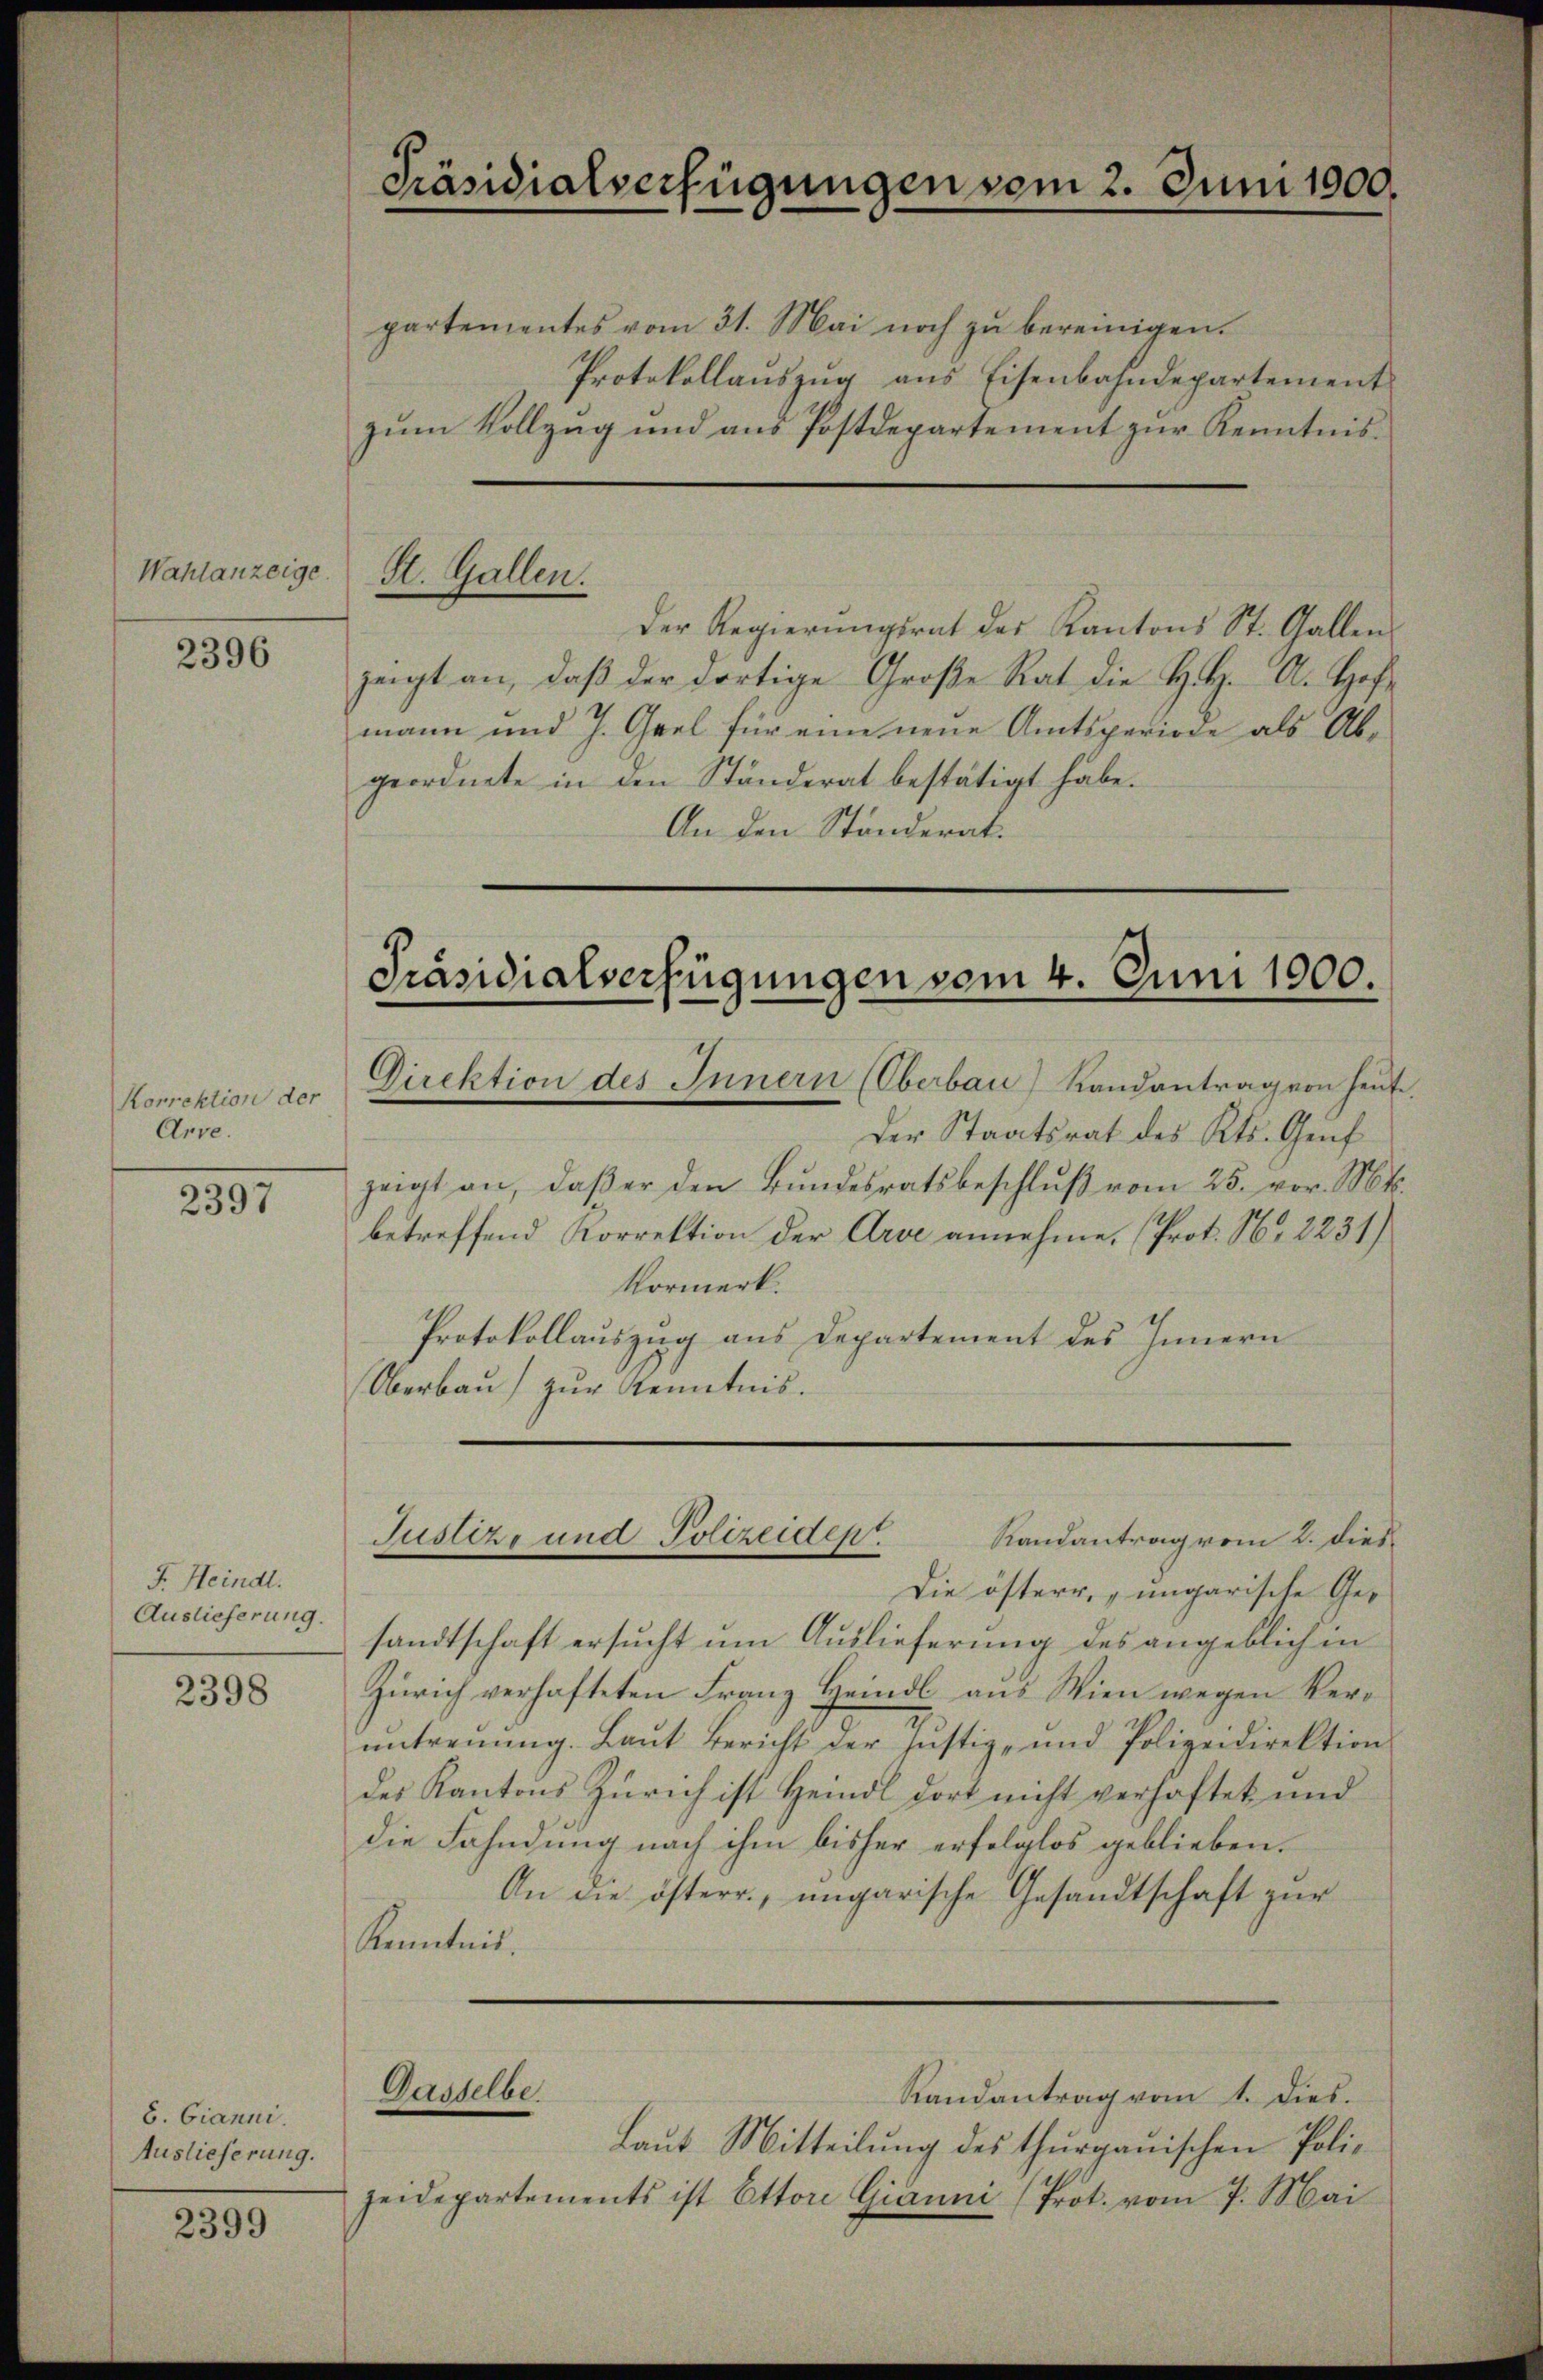
Wahlanzeige.

2396

Korrektion der
Arve.

2397

F. Heindl.
Auslieferung.

2398

b. Gianni.
Auslieferung.

2399

Präsidialverfügungen vom 2. Juni 1900.
partementes vom 31. Mai noch zu bereinigen.

Protokollaŭszŭg ans Eisenbahndepartement
zum Vollzug und aus Postdepartement zur Kenntnis¬
Der Regierŭngsrat des Kantons St. Gallen
zeigt an, daβ der dortige Große Rat die H. A. Hof-
mann und J. Grel für eine neue Amtsperiode als Abgeordnete in den Ständerat bestätigt habe.
An den Ständerat.

St. Gallen.

Präsidialverfügungen vom 4. Juni 1900.
Direktion des Innern (Oberbau) Randantrag von heute.

Justiz und Polizeiden Randantrag vom 2. dies

Der Staatsrat des Kts. Genf
zeigt an, daβ er den Bŭndesratsbeschlŭβ vom 25. vor. Mt.
betreffend Korrektion der Arve annehme, (Prot. No 2231)
Vormerk.
Protokollauszug aus Departement des Innern
Oberbau zur Kenntnis.
Die österr, „ungarische Gesandtschaft ersucht um Auslieferung des angeblichen
Zürich verhafteten Franz Heindl. aus Wien wegen Veruntrennung. Laut Bericht der Justiz- und Polizeidirektion
des Kantons Zürich ist Heindl dort nicht verhaftet und
die Fahndung nach ihm bisher erfolglos geblieben.
An die österr., ungarische Gesandtschaft zur
Kenntnis.
Gasselbe
Randantrag vom 1. Dies.
Laut Mitteilung des thurgauischen Polic
zeidepartements ist Ottore Gianni (Prot. vom 7. Mai